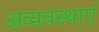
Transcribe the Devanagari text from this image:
अव्यवस्थाएं